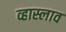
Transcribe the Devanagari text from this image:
व्हास्लाव